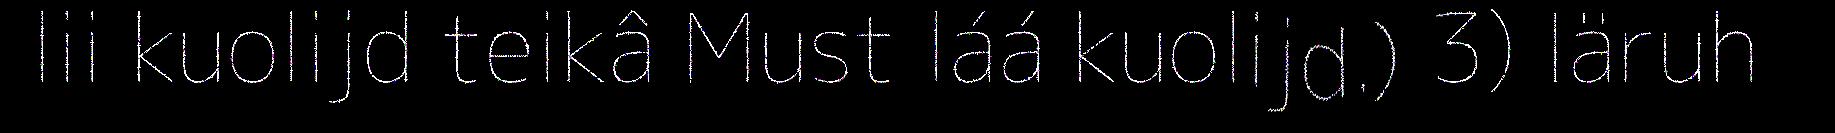
lii kuolijd teikâ Must láá kuolijd.) 3) Iäruh